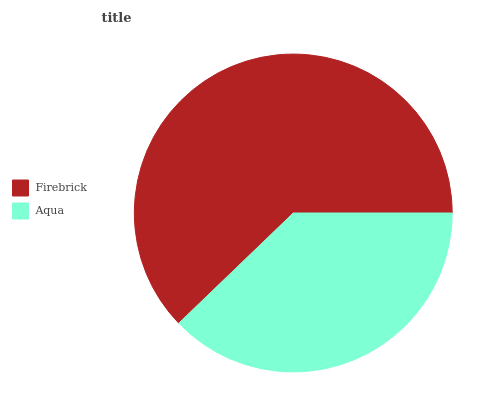
| Firebrick | Aqua |
 | --- | --- |
 | 62.2% | 37.8% |